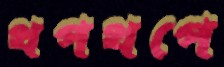
থপথপে